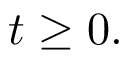
t \geq 0 .